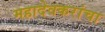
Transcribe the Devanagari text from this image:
महादेवकरांचा